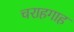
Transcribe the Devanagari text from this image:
चराहगाह